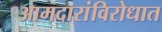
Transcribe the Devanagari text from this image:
आमदारांविरोधात